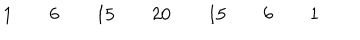
\begin{array} { c c c c c c c c c c c c c c c c c } { { } } & { { } } & { { 1 } } & { { } } & { { 6 } } & { { } } & { { 1 5 } } & { { } } & { { 2 0 } } & { { } } & { { 1 5 } } & { { } } & { { 6 } } & { { } } & { { 1 } } & { { } } & { { } } \\ \end{array}